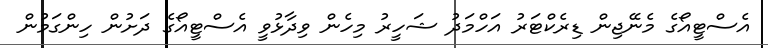
އެސްޓީއޯގެ މެނޭޖިން ޑިރެކްޓަރު އަހްމަދު ޝަހީރު މިހެން ވިދާޅުވީ އެސްޓީއޯގެ ދަށުން ހިންގަމުން